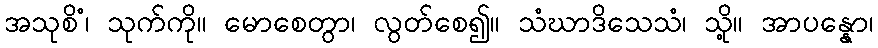
အသုစိံ၊ သုက်ကို။ မောစေတွာ၊ လွတ်စေ၍။ သံဃာဒိသေသံ၊ သို့။ အာပန္နော၊